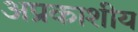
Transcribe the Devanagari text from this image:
अप्रकाशीय